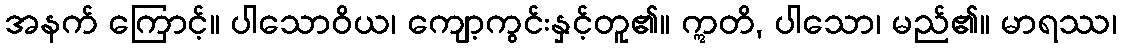
အနက် ကြောင့်။ ပါသောဝိယ၊ ကျော့ကွင်းနှင့်တူ၏။ ဣတိ, ပါသော၊ မည်၏။ မာရဿ၊